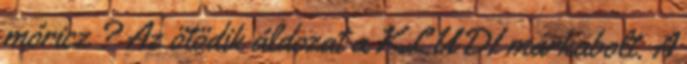
móricz ? Az ötödik áldozat a KLUDI márkabolt. A